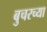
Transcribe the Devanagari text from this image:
बुचरच्या